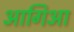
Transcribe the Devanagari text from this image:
आगिआ